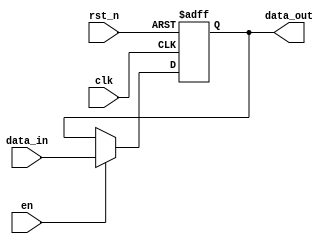
module base_reg #(
    parameter DAT_W = 8 
) (
    // General // 
    input wire [      0:0] clk     , // clock signal
    input wire [      0:0] rst_n   , // Async reset, active low
    // Input control // 
    input wire [      0:0] en      , // Sample input enable
    // Input data // 
    input wire [DAT_W-1:0] data_in , // Input data
    // Output data // 
    output reg [DAT_W-1:0] data_out  // Output data
);

// Internal wires // 
wire [DAT_W-1:0] data_out_next ;  // Next data out value

// data_out register //
assign data_out_next = (en) ? data_in : data_out ; // If enable, sample data in

always @( posedge clk, negedge rst_n ) begin 
    if (!rst_n) begin // Reset
        data_out <= {DAT_W{1'b0}} ; 
    end
    else begin // Sample
        data_out <= data_out_next ; 
    end
end

endmodule

//|~~~~~~~~~~~~~~~~~~~~~~~~~~~~~~~~~~~~~~~~~~~~~~~|//
//|                                               |//
//| 1. Project  :  vlib                           |//
//| 2. Author   :  Etay Sela                      |//
//| 3. Date     :  2024-07-06                     |//
//| 4. Version  :  v0.5.0                         |//
//|                                               |//
//|~~~~~~~~~~~~~~~~~~~~~~~~~~~~~~~~~~~~~~~~~~~~~~~|//